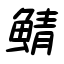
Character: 鯖